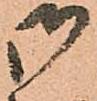
御